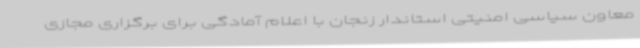
معاون سیاسی ‌امنیتی استاندار زنجان با اعلام آمادگی برای برگزاری مجازی